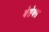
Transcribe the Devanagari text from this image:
बेसेक्स